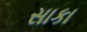
સાકા